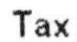
TAX